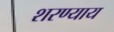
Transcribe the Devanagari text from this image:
शरण्याय